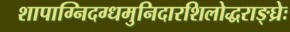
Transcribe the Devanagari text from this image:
शापाग्निदग्धमुनिदारशिलोद्धराङ्घ्रेः